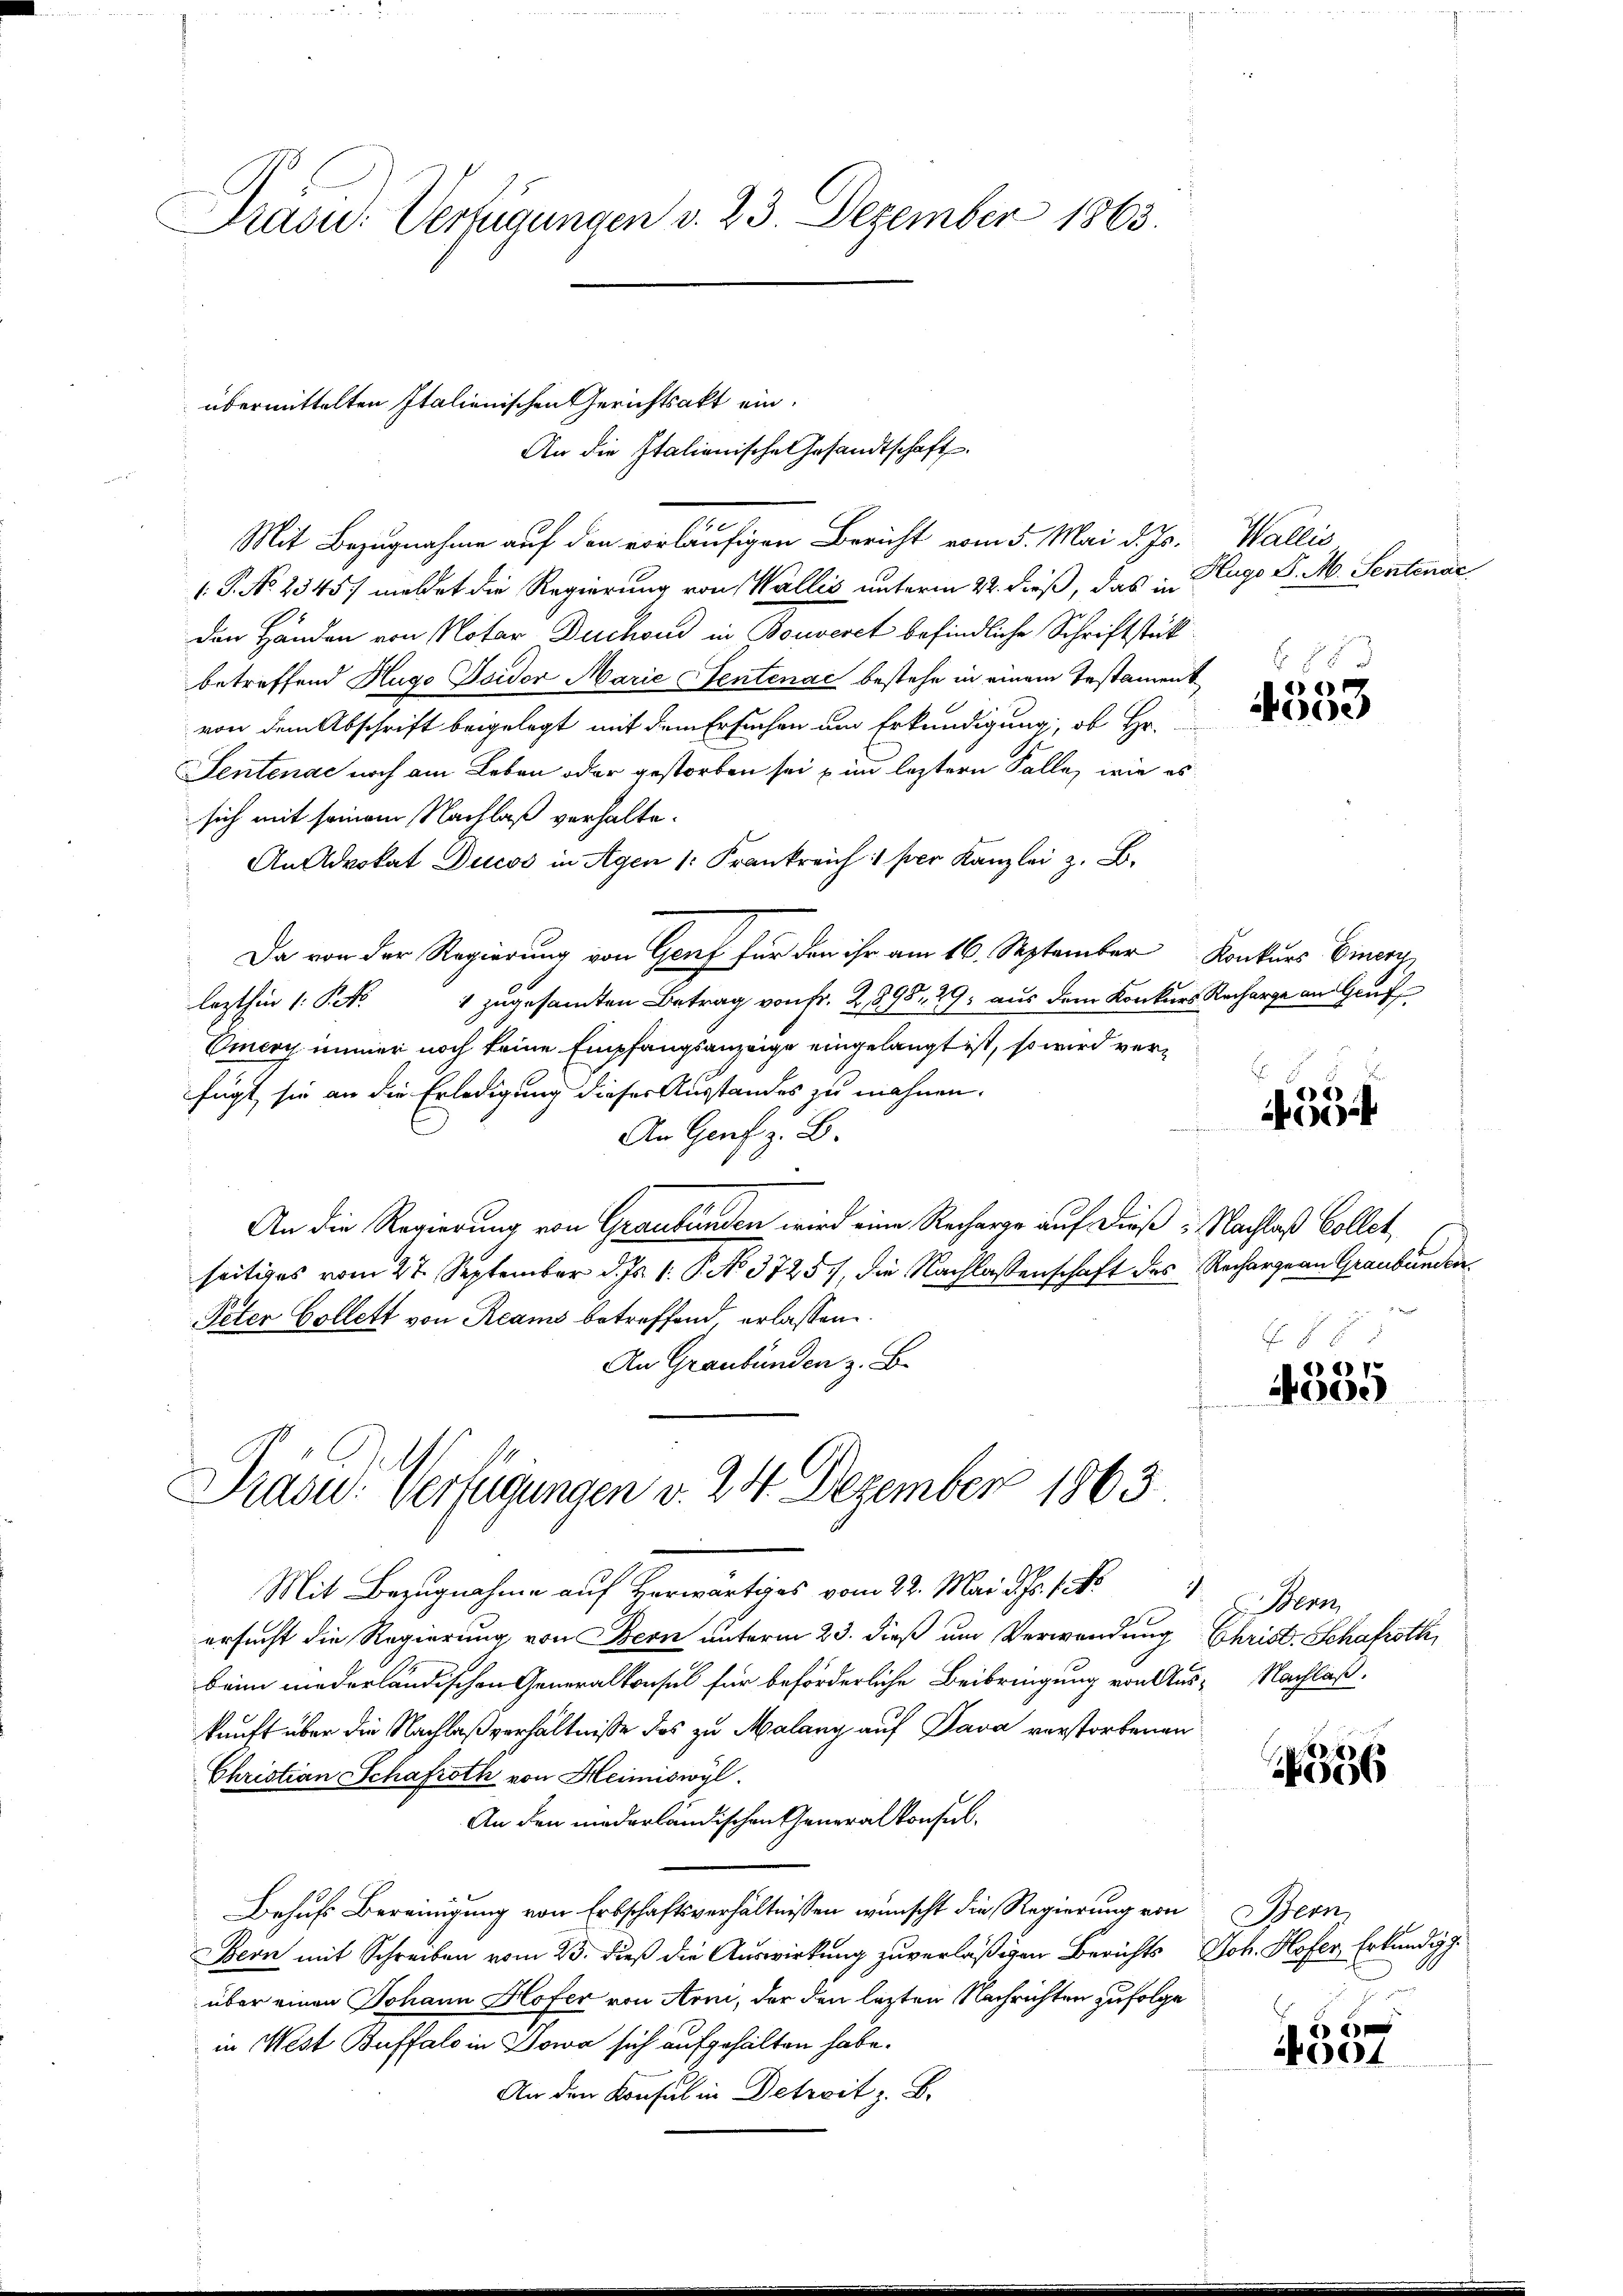
Präsu. Verfügungen v. 23. Dezember 1863.

Mit Bezugnahme auf den vorläufigen Bericht vom 5. Mai d. Js.
1.P. No. 2345. meldet die Regierung von Wallis unterm 22. dieß, das in
Den Händen von Notar Duchoud in Bouveret befindliche Schriftstück
betreffend Hugo Toidor Marie Sentenac bestehe in einem Testament
von dem Abschrift beigelegt mit dem Ersuchen um Erkundigung, ob Hr.
Sentenae noch am Leben oder gestorben sei im leztern Falle, wie es
sich mit seinem Nachlaß verhalte¬
An Advokat Ducos in Agen 1. Frankreich 1 per Kanzlei z. B.
Da von der Regierung von Genf für den ihr am 16. September Konkurs Einer
1 zugesamten Betrag von fr. 2898. 29, aus dem Konkurs Recharge an Gruf
lezthin 1. Pet
Omery immer noch keine Empfangsanzeige eingelangt ist, so wird verfügt, sie an die Erledigung dieses Ausstandes zu mahnen.
An Genf z. B.
An die Regierung von Graubünden wird eine Recharge auf dieß: Nachlaß Collet
seitiges vom 27. September d. Js. 1. P. No. 3725, die Nachlassenschaft des Rechargern Graubünden
Peter Collett von Reams betreffend, erlassen
An Graubünden z. B.

übermittelten Italienischen Gerichtsakt ein.
An die Italienische Gesandtschaft

Mit Bezugnahme auf Herwärtiges vom 22. Mai d. Js. 1. No. 3. Bern
ersucht die Regierung von Bern unterm 23. dieß um Verwendung Christ. Schafroth,
beim niederländischen Generalkonsel für beförderliche Beibringung von Aus- Nachlaß.
kunft über die Nachlaßverhältnisse des zu Malang auf Java verstorbenen
Christian Schafroth von Heimiswyl
An den niederländischen Generalkonsul¬
Behufs Bereinigung von Erbschaftsverhältnissen wünscht die Regierung von
Bern mit Schreiben vom 23. dieß die Auswirkung zuverläßigen Berichts Joh. Hofer, Erkundigg.
über einen Johann Hofer von Arni, der den lezten Nachrichten zufolge
in West Buffalo in Sowa sich aufgehalten habe.
An den Konsul in Detreit z. B.

Präsid.. Verfügungen v. 24. Dezember 1863.

Hallei
Hugo P. M. Sentenac

)6)
e

)
00

§ 8

6
4300

556

Bern
de

4004